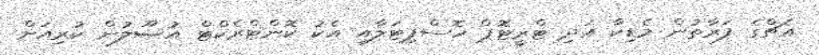
އެޗްގެ ފަރާތުން މެޑިކާ އަދި ޓްރީޓޮޕް ހޮސްޕިޓަލާއި އެކު ކޮންޓްރެކްޓް އުޞޫލުން ކުރިއަށް